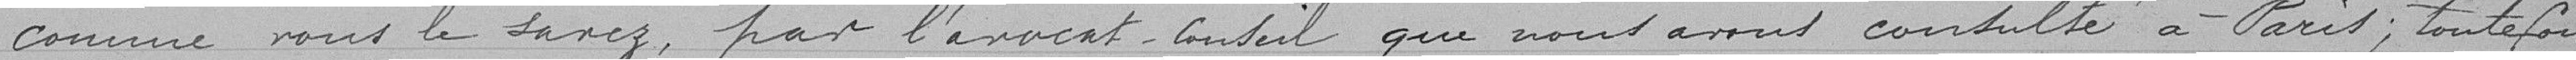
comme vous le savez, par l'avocat-conseil que nous avons consulté à Paris; toutefois